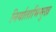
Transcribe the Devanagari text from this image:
निर्याताभिमुख